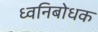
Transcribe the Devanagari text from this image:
ध्वनिबोधक